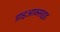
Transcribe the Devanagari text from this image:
डाइआक्सइड